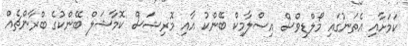
ކަމަށާއި އެތަނުގައި މޯލްޑިވްސް އިސްލާމިކް ބޭންކު އާއި މޮރިޝަސް ކޮމާޝަލް ބޭންކުގެ ބްރާންޗެއް